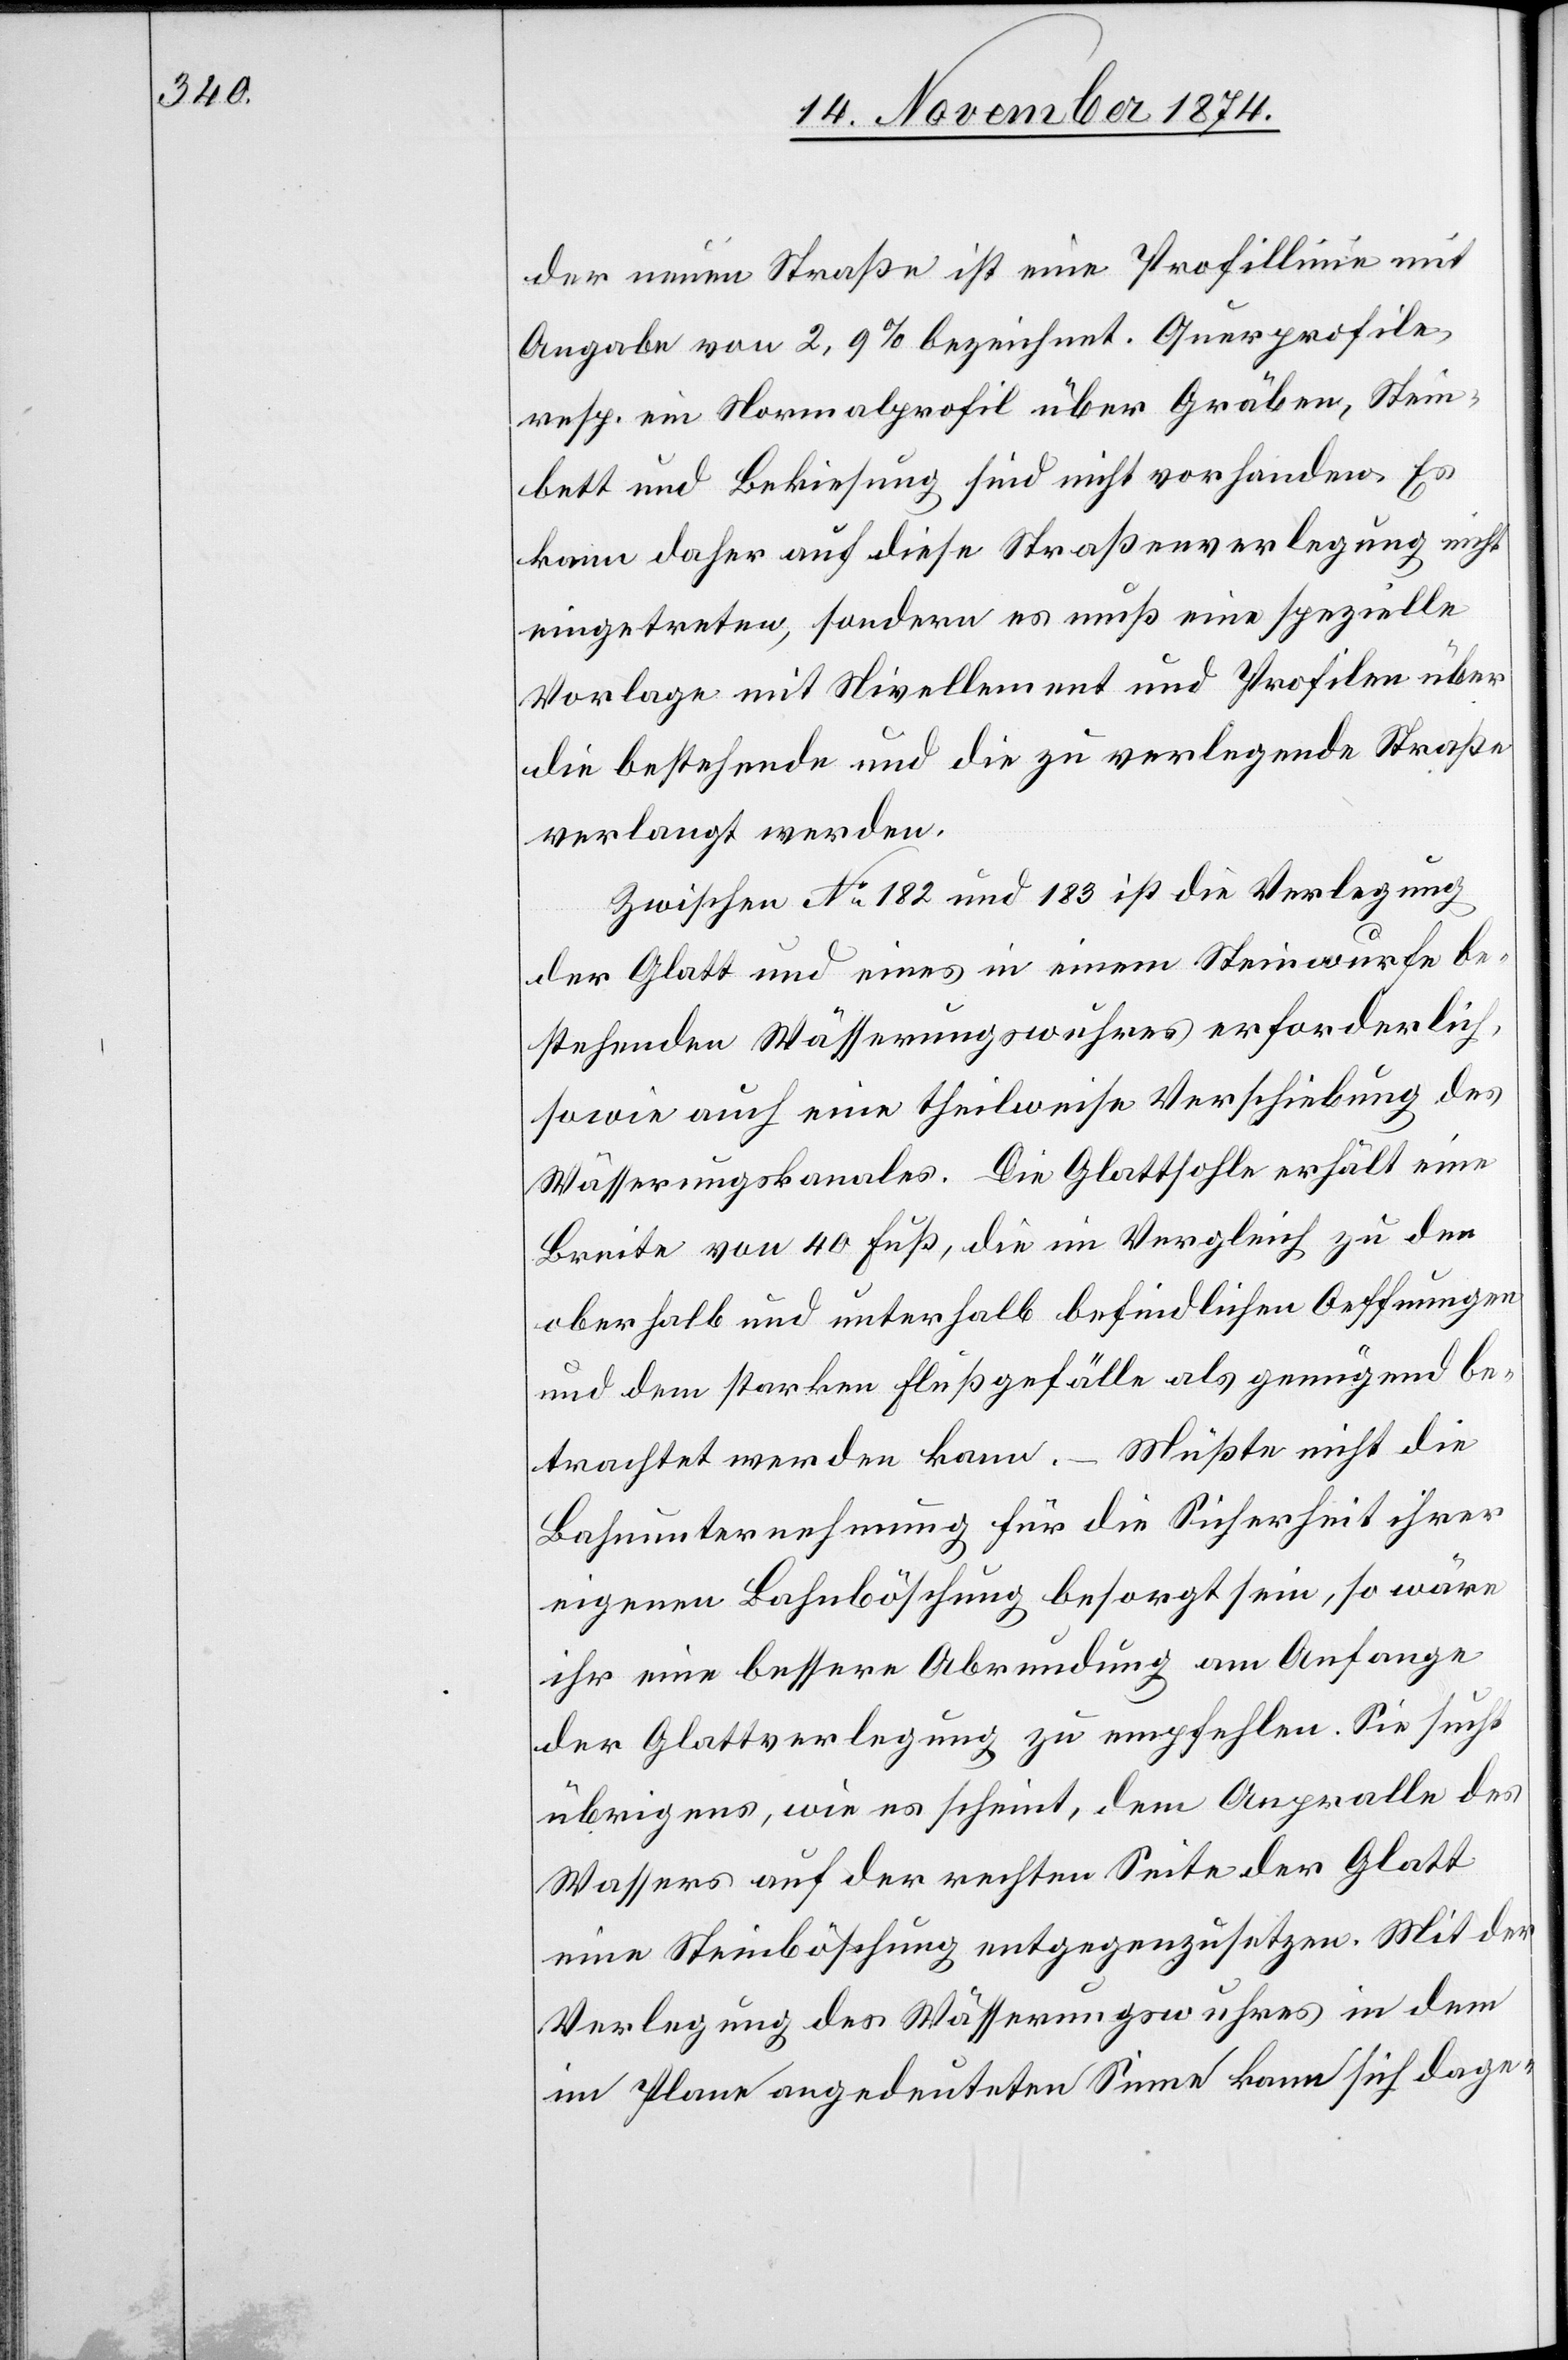
der neuen Straße ist eine Profillinie mit
Angabe von 2,9% bezeichnet. Querprofile
resp. ein Normalprofil über Gräben, Stein¬
bett und Bekiesung sind nicht vorhanden. Es
kann daher auf diese Straßenverlegung nicht
eingetreten, sondern es muß eine spezielle
Vorlage mit Nivellement und Profilen über
die bestehende und die zu verlegende Straße
verlangt werden.
Zwischen No 182 und 183 ist die Verlegung
der Glatt und eines in einem Steinwurfe be¬
stehenden Wässerungswuhres erforderlich,
sowie auch eine theilweise Verschiebung des
Wässerungskanales. Die Glattsohle erhält eine
Breite von 40 Fuß, die im Vergleich zu den
oberhalb und unterhalb befindlichen Oeffnungen
und dem starken Flußgefälle als genügend be¬
trachtet werden kann. – Müßte nicht die
Bahnunternehmung für die Sicherheit ihrer
eigenen Bahnböschung besorgt sein, so wären
ihr eine bessere Abrundung am Anfange
der Glattverlegung zu empfehlen. Sie sucht
übrigens, wie es scheint, dem Anpralle des
Wassers auf der rechten Seite der Glatt
eine Steinböschung entgegenzusetzen. Mit der
Verlegung des Wässerungswuhres in dem
im Plane angedeuteten Sinne kann sich dage-